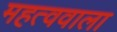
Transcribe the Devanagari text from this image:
महत्ववाला